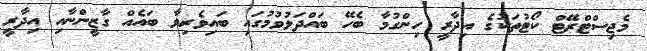
މެޖިސްޓްރޭޓް ކޯޓުތަކުގެ އިދާރީ ހިންގުމާ ބެހޭ ބައްދަލުވުމުގައި ބައިވެރިވާ ބައެއް ގާޒީންނާއި އިދާރީ